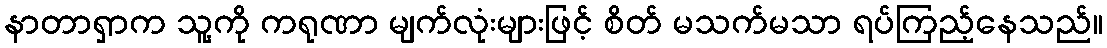
နာတာရှာက သူ့ကို ကရုဏာ မျက်လုံးများဖြင့် စိတ် မသက်မသာ ရပ်ကြည့်နေသည်။